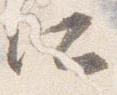
所